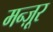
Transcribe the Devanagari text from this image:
मन्ज़ूर